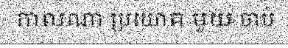
កាលណា ប្រយោគ មួយ ចាប់